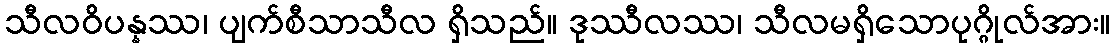
သီလဝိပန္နဿ၊ ပျက်စီသာသီလ ရှိသည်။ ဒုဿီလဿ၊ သီလမရှိသောပုဂ္ဂိုလ်အား။